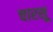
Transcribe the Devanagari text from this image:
चारसू